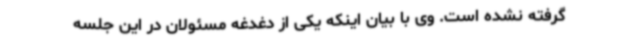
گرفته نشده است. وی با بیان اینکه یکی از دغدغه مسئولان در این جلسه